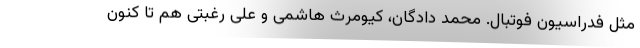
مثل فدراسیون فوتبال. محمد دادگان، کیومرث هاشمی و علی رغبتی هم تا کنون